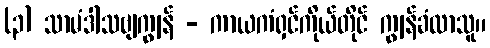
(၃) သာမံဒါသဗျကျွန် - ကာယကံရှင်ကိုယ်တိုင် ကျွန်ခံလာသူ။